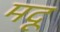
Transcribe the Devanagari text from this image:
मदू